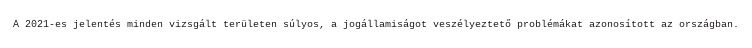
A 2021-es jelentés minden vizsgált területen súlyos, a jogállamiságot veszélyeztető problémákat azonosított az országban.